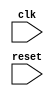
module Loop_with_skip_statements (
    input wire clk,
    input wire reset
);

reg [3:0] iteration_count;

always @(posedge clk or posedge reset) begin
    if (reset) begin
        iteration_count <= 0;
    end else begin
        if (iteration_count < 10) begin
            iteration_count <= iteration_count + 1;
        end
    end
end

always @(*) begin
    if (iteration_count == 2 || iteration_count == 5 || iteration_count == 8) begin
        // Skip statements for iterations 2, 5, and 8
    end else begin
        // Code block to be executed for all other iterations
    end
end

endmodule